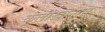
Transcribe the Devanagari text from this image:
कुलीखानास